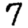
Digit: 7